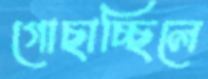
গোছাচ্ছিলে